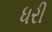
ધરી